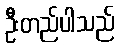
ဦးတည်ပါသည်